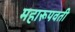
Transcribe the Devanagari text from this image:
महारूपवती